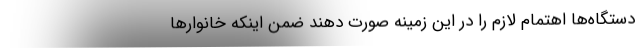
دستگاه‌ها اهتمام لازم را در این زمینه صورت دهند ضمن اینکه خانوارها